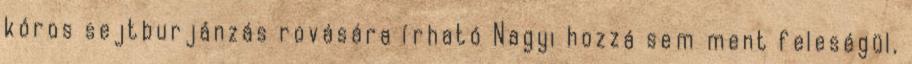
kóros sejtburjánzás rovására írható Nagyi hozzá sem ment feleségül,